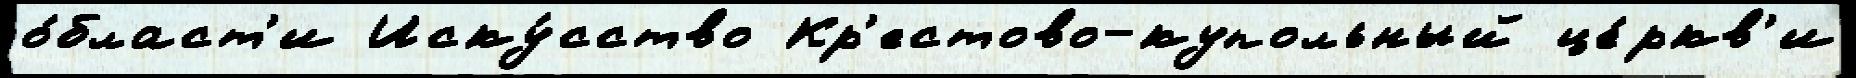
о́бласт'и Иску́сство Кр'естово-купольный це́ркв'и